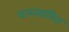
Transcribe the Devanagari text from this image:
वास्त्वायित